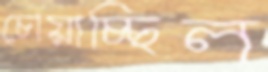
চোয়াচ্ছিল